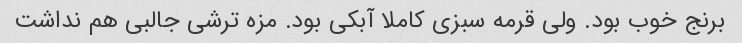
برنج خوب بود. ولی قرمه سبزی کاملا آبکی بود. مزه ترشی جالبی هم نداشت